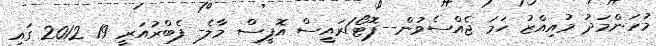
މުހަންމަދު މުއިއްޒު ހަމަ ޖެއްސެވުން--ފޮޓޯ/ރައީސް އޮފީސް މާލެ- ފެބްރުއަރީ 19 2012 ގައި